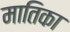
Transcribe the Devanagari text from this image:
मातिका